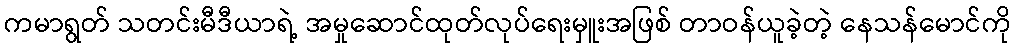
ကမာရွတ် သတင်းမီဒီယာရဲ့ အမှုဆောင်ထုတ်လုပ်ရေးမှူးအဖြစ် တာဝန်ယူခဲ့တဲ့ နေသန်မောင်ကို